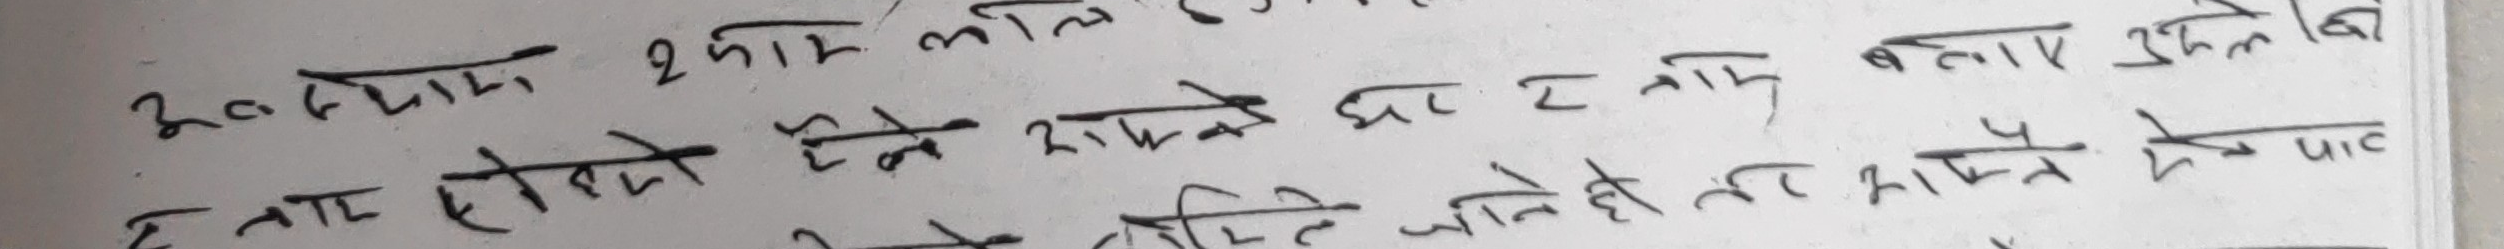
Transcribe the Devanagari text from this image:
200 नाम 2 किलो 3 लिटर
हेरना होइन हेर्नु राख्ने भर र नाम बताए उनले
हेर राख्ने जाने हो तर राख्ने हेर पाद